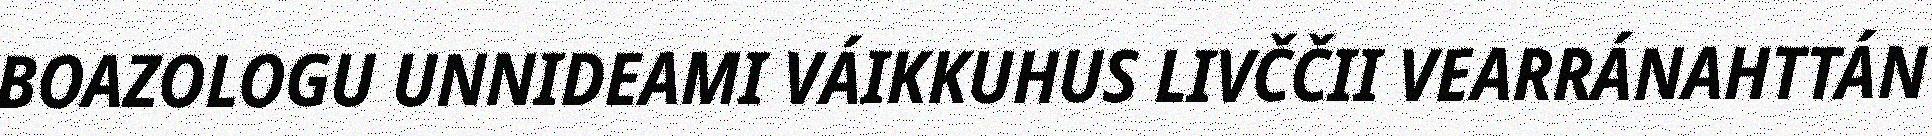
BOAZOLOGU UNNIDEAMI VÁIKKUHUS LIVČČII VEARRÁNAHTTÁN